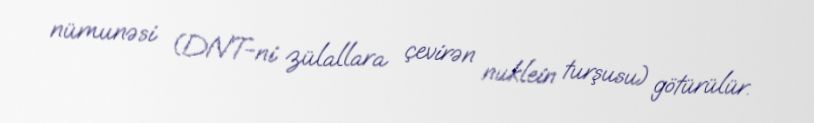
nümunəsi (DNT-ni zülallara çevirən nuklein turşusu) götürülür.